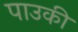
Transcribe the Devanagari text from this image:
पाउकी